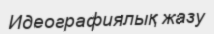
Идеографиялық жазу